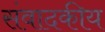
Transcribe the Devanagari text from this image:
संवादकीय